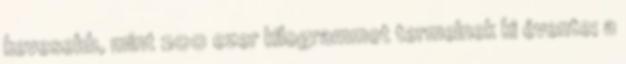
kevesebb, mint 200 ezer kilogrammot termelnek ki évente; a